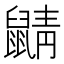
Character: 鼱